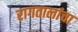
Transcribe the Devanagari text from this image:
रागतालांचा